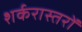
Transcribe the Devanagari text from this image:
शर्करास्तरों